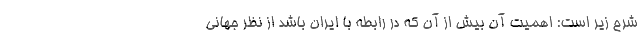
شرح زیر است: اهمیت آن بیش از آن که در رابطه با ایران باشد از نظر جهانی